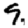
Digit: 9